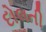
દોલતી